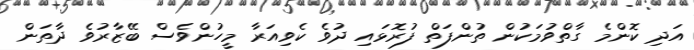
އަދި ކޮންމެ ގާތްވުމަކުން ތުންފަތް ފުރޮޅައި ދުވެ ކެވިއަރާ މީހުންވެސް ބޭޒާރުވެ ދާތަން